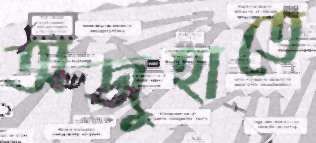
অজুহাতে